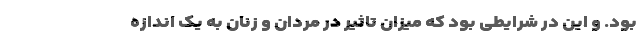
بود. و این در شرایطی بود که میزان تاثیر در مردان و زنان به یک اندازه